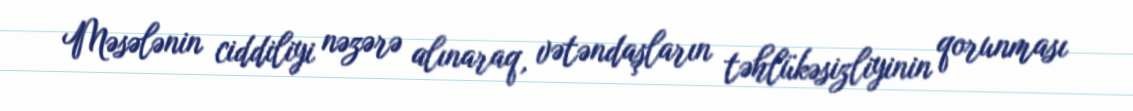
Məsələnin ciddiliyi nəzərə alınaraq, vətəndaşların təhlükəsizliyinin qorunması